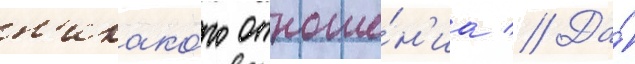
н'икако́го отноше́н'иа // Да́